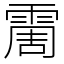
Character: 霌